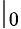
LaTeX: \lvert_{0}